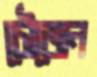
চৌজেন